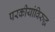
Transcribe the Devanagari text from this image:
परकीयांविरुद्ध